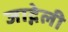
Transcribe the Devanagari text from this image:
जाद्गेली